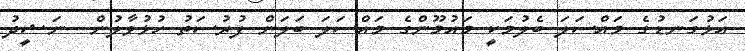
އަޅުގަނޑުގެ މައްސަލަ ބެލުމަކީ މައުމޫންގެ މައްސަލަ ބަލަން ފުރުސަތު ހުޅުވާލުން  ނަޝީދު